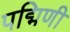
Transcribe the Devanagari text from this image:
पद्मिणी